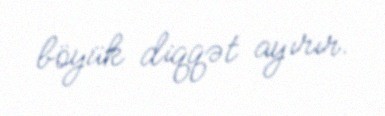
böyük diqqət ayırır.